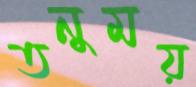
তনুময়